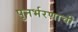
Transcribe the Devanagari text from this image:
पुनर्भरणाची